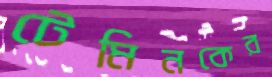
টেমিনকের